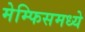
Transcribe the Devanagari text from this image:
मेम्फिसमध्ये